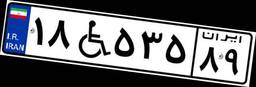
۱۸W۵۳۵۸۹